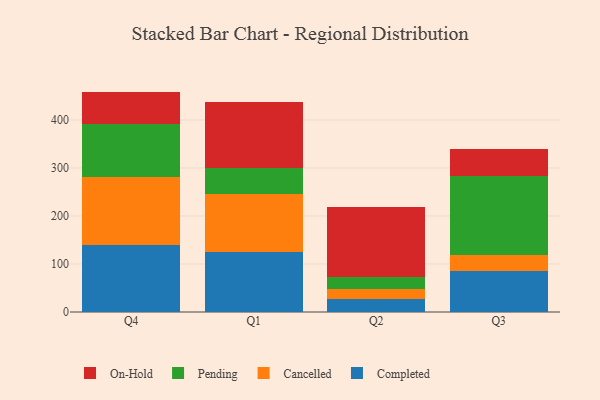
{"axis": {"x": "Quarter", "y": "Page Views"}, "legend": ["Cancelled", "Completed", "On-Hold", "Pending"], "data": [{"x": "Q4", "y": 140.0, "type": "Completed"}, {"x": "Q4", "y": 141.9, "type": "Cancelled"}, {"x": "Q4", "y": 109.6, "type": "Pending"}, {"x": "Q4", "y": 67.7, "type": "On-Hold"}, {"x": "Q1", "y": 124.8, "type": "Completed"}, {"x": "Q1", "y": 121.9, "type": "Cancelled"}, {"x": "Q1", "y": 53.5, "type": "Pending"}, {"x": "Q1", "y": 137.6, "type": "On-Hold"}, {"x": "Q2", "y": 27.4, "type": "Completed"}, {"x": "Q2", "y": 19.6, "type": "Cancelled"}, {"x": "Q2", "y": 26.1, "type": "Pending"}, {"x": "Q2", "y": 146.7, "type": "On-Hold"}, {"x": "Q3", "y": 85.7, "type": "Completed"}, {"x": "Q3", "y": 33.9, "type": "Cancelled"}, {"x": "Q3", "y": 164.2, "type": "Pending"}, {"x": "Q3", "y": 56.1, "type": "On-Hold"}]}